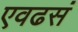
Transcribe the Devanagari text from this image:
एवढसं